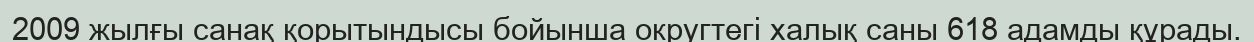
2009 жылғы санақ қорытындысы бойынша округтегі халық саны 618 адамды құрады.